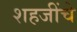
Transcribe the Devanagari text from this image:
शहजींचे